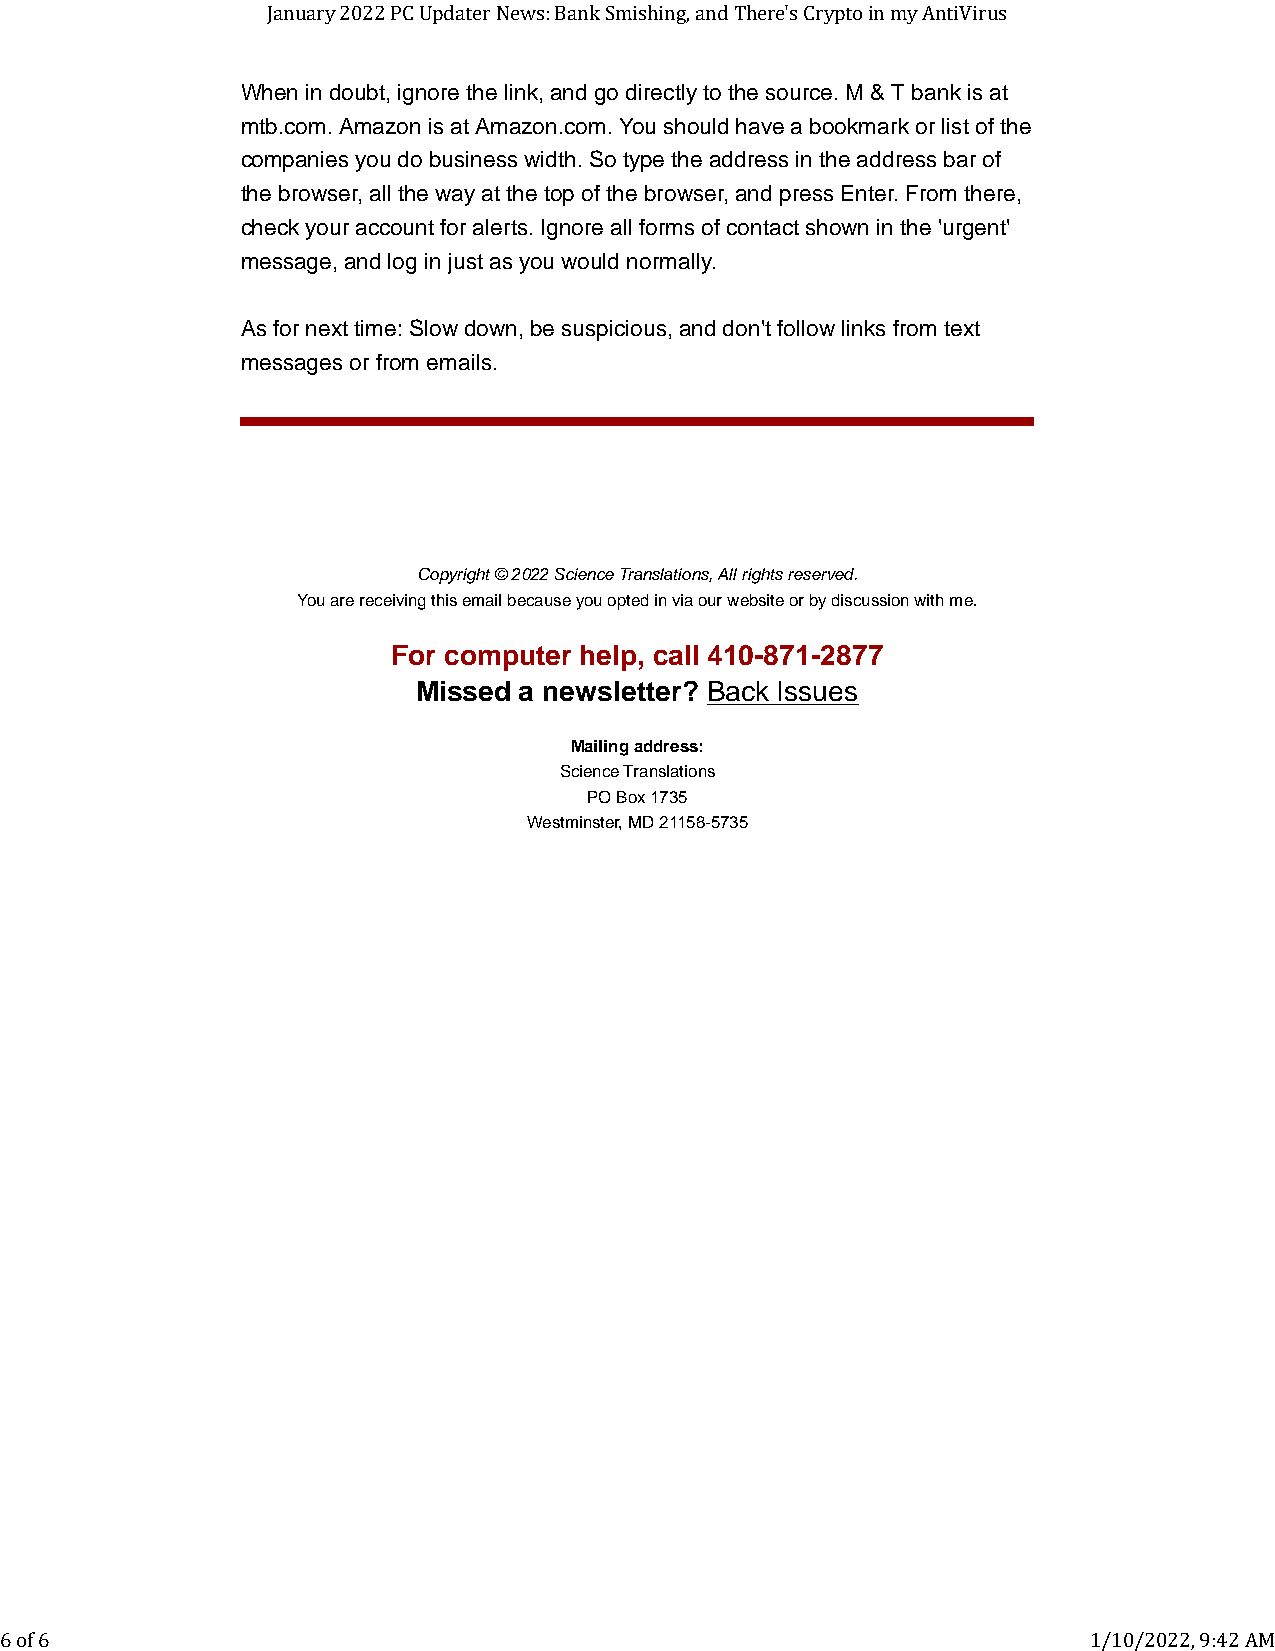
January 2022 PC Updater News: Bank Smishing, and There's Crypto in my AntiVirus
 When in doubt, ignore the link, and go directly to the source. M & T bank is at
 mtb.com. Amazon is at Amazon.com. You should have a bookmark or list of the
 companies you do business width. So type the address in the address bar of
 the browser, all the way at the top of the browser, and press Enter. From there,
 check your account for alerts. Ignore all forms of contact shown in the 'urgent'
 message, and log in just as you would normally.
 As for next time: Slow down, be suspicious, and don't follow links from text
 messages or from emails.
 Copyright © 2022 Science Translations, All rights reserved.
 You are receiving this email because you opted in via our website or by discussion with me.
 For computer help, call 410-871-2877
 Missed a newsletter? Back Issues
 Mailing address:
 Science Translations
 PO Box 1735
 Westminster, MD21158-5735
 6 of 6                                                                  1/10/2022, 9:42 AM